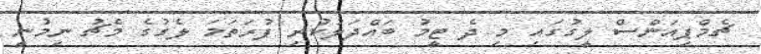
ޗެމްޕިއަންސް ލީގުގައި މި ދެ ޓީމު ބައްދަލުކުރި ފުރަތަމަ ލެގުގެ މެޗު ނިމުނީ